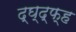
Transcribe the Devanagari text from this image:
द्घ्द्फ्ह